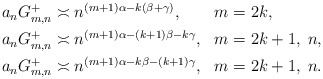
\begin{align*} \begin{aligned} & a_nG_{m,n}^+ \asymp n^{(m+1)\alpha-k(\beta+\gamma)}, & & m=2k, \\ & a_nG_{m,n}^+ \asymp n^{(m+1)\alpha-(k+1)\beta-k\gamma}, & & m=2k+1, \; n, \\ & a_nG_{m,n}^+ \asymp n^{(m+1)\alpha-k\beta-(k+1)\gamma}, & & m=2k+1, \; n. \end{aligned} \end{align*}